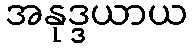
အနုဒ္ဒယာယ